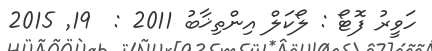
ހަވީރު ފޮޓޯ : ލޯކަލް އިންތިޚާބު 2011 :  19